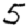
Digit: 5